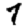
Digit: 7